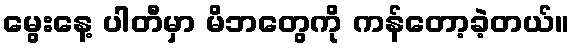
မွေးနေ့ ပါတီမှာ မိဘတွေကို ကန်တော့ခဲ့တယ်။